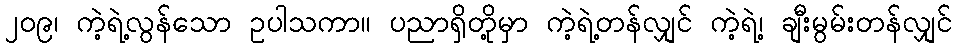
၂၀၉၊ ကဲ့ရဲ့လွန်သော ဥပါသကာ။ ပညာရှိတို့မှာ ကဲ့ရဲ့တန်လျှင် ကဲ့ရဲ့၊ ချီးမွမ်းတန်လျှင်